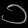
Digit: ၁